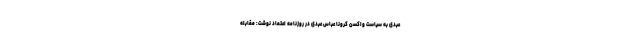
عبدی به سیاست واکسن کرونا عباس عبدی در روزنامه اعتماد نوشت: مقابله